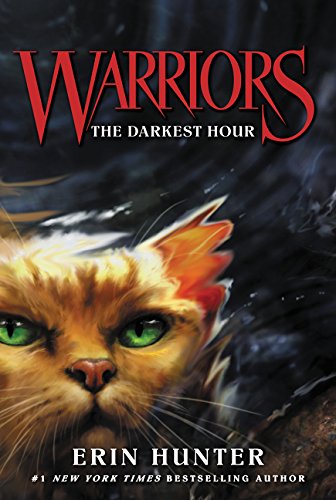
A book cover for Warriors #6: The Darkest Hour (Warriors: The Prophecies Begin); Erin Hunter; Children's Books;